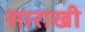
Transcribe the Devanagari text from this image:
साराखी